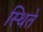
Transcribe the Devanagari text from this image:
स्थिते